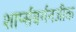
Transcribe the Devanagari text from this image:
शार्प्सबर्गनजीक